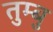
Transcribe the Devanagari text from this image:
तुम्बु